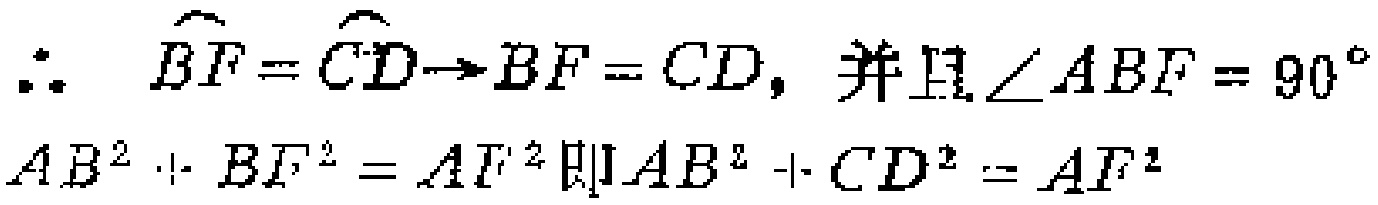
\(\therefore \quad \overset{\frown}{BF}=\overset{\frown}{CD}\to BF = CD,\text{并且}\angle ABF = 90^{\circ}\\AB^{2}+BF^{2}=AF^{2}\text{即}AB^{2}+CD^{2}=AF^{2}\)